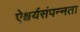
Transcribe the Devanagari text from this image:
ऐश्वर्यसंपन्नता